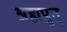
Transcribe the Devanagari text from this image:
ब्रह्मपुत्